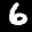
Label: 6